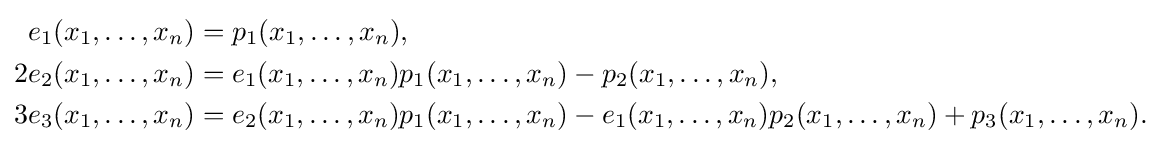
{\begin{aligned}e_{1}(x_{1},\ldots ,x_{n})&=p_{1}(x_{1},\ldots ,x_{n}),\\2e_{2}(x_{1},\ldots ,x_{n})&=e_{1}(x_{1},\ldots ,x_{n})p_{1}(x_{1},\ldots ,x_{n})-p_{2}(x_{1},\ldots ,x_{n}),\\3e_{3}(x_{1},\ldots ,x_{n})&=e_{2}(x_{1},\ldots ,x_{n})p_{1}(x_{1},\ldots ,x_{n})-e_{1}(x_{1},\ldots ,x_{n})p_{2}(x_{1},\ldots ,x_{n})+p_{3}(x_{1},\ldots ,x_{n}).\end{aligned}}